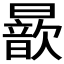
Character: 𣋚